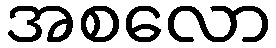
အစလော